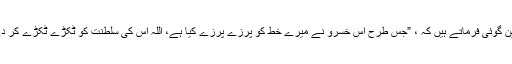
آپ پیشین گوئی فرماتے ہیں کہ ، ”جس طرح اس خسرو نے میرے خط کو پرزے پرزے کیا ہے، اللہ اس کی سلطنت کو ٹکڑے ٹکڑے کر دے گا “۔